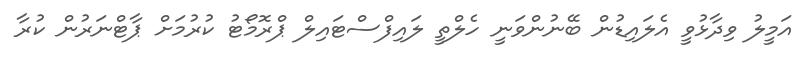
އަމީލު ވިދާޅުވީ އެލައިޑުން ބޭނުންވަނީ ހެލްތީ ލައިފްސްޓައިލް ޕްރޮމޯޓު ކުރުމަށް ޕާޓްނަރުން ކުރާ